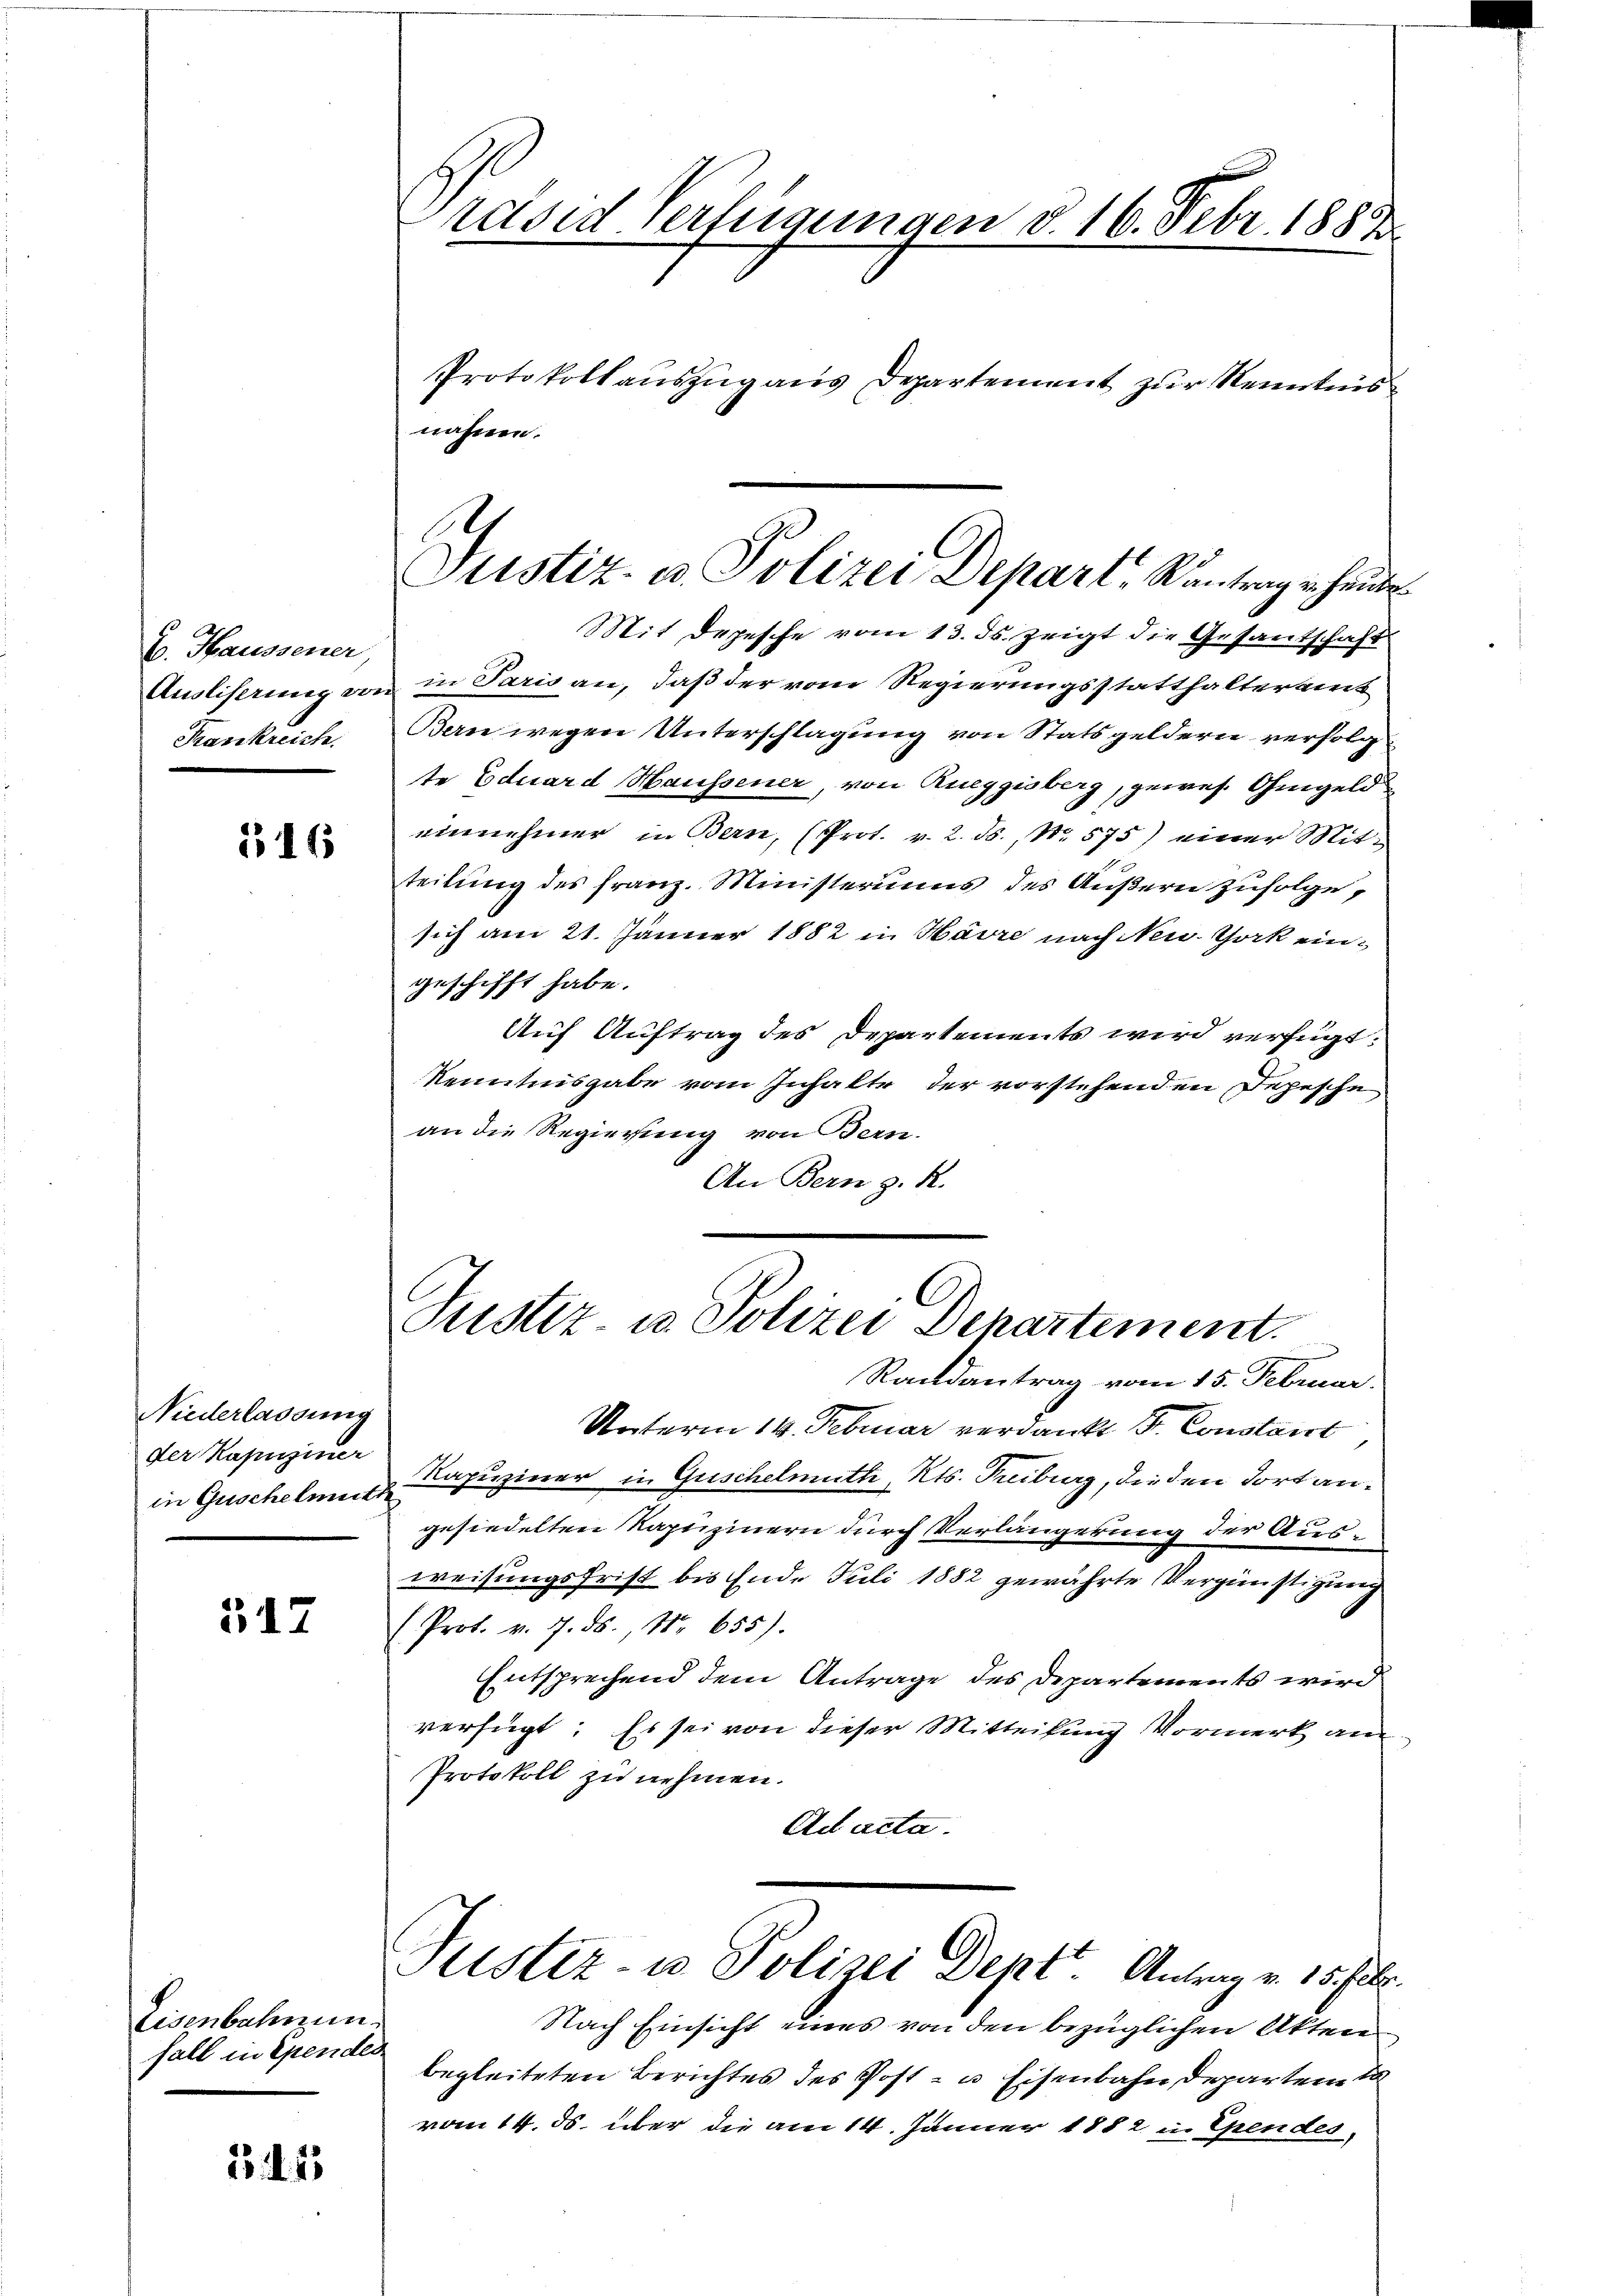
16. Manner
Krankreich.

1115

Niederlassung
der Kapuziner
in Guschelmeist

517

Eisenbahnung
fall in Ependes

1345

rdsed Verfügungen d. 16. Febr. 1883.

Mit Depesche vom 13. ds. zeigt die Gesantschaft
Ausliserung von in Paris an, daß der vom Regierungsstatthalteramt
Bern wegen Unterschlagung von Statsgeldern verfolgte Eduard Haussener, von Rueggisberg, gewes. Ohmgeld
einnehmer in Bern, (Prot. v. 2. ds., No. 575) einer Mitteilung des Franz. Ministeriums des Äußern zufolge,
sich am 21. Jänner 1882 in Havre nach New York eingeschifft habe.
Auf Auftrag des Departements wird verfügt:
kenntnisgabe vom Inhalte der vorstehenden Depesche
an die Regierung von dern.
An Bern z. R.

Protokollauszug aus Departement zur Kenntnis
nähmen.

e
Justiz- u. Polizei Depart, Rantrag in heute

Justiz- u. Polizei Departement.

Randantrag vom 15. Februar.
Unterm 14. Februar verdankt Dr. Constant
Kapuziner in Guschelmuth, Kts. Fribourg, diesen dort angesiedelten Kapuzinern durch Verlängerung der Ausweisungsfrist bis Ende Juli 1882 gewährte Vergünstigung
( Prot. v. 7. ds., Nr. 655).
Entsprechend dem Antrage des Departements wird
verfügt: Es sei von dieser Mitteilung Vormerk an
Protokoll zu nehmen.
Ad acta.
Justiz- u Polizei Dent. Antrag v. 15. Febr.
Nach Einsicht eines von den bezüglichen Akten
begleiteten Berichtes des Post- u Eisenbahn Departem da
vom 14. ds. über die am 14. Jänner 1882 in Spendes